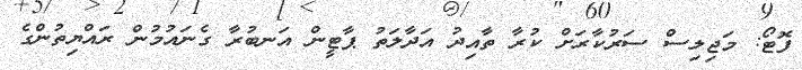
ފޮޓޯ: މަޖިލިސް ސަރުކާރަށް ކުރާ ތާއިދު އަދާލަތު ޕާޓީން އަނބުރާ ގެނައުމުން ރައްޔިތުންގެ